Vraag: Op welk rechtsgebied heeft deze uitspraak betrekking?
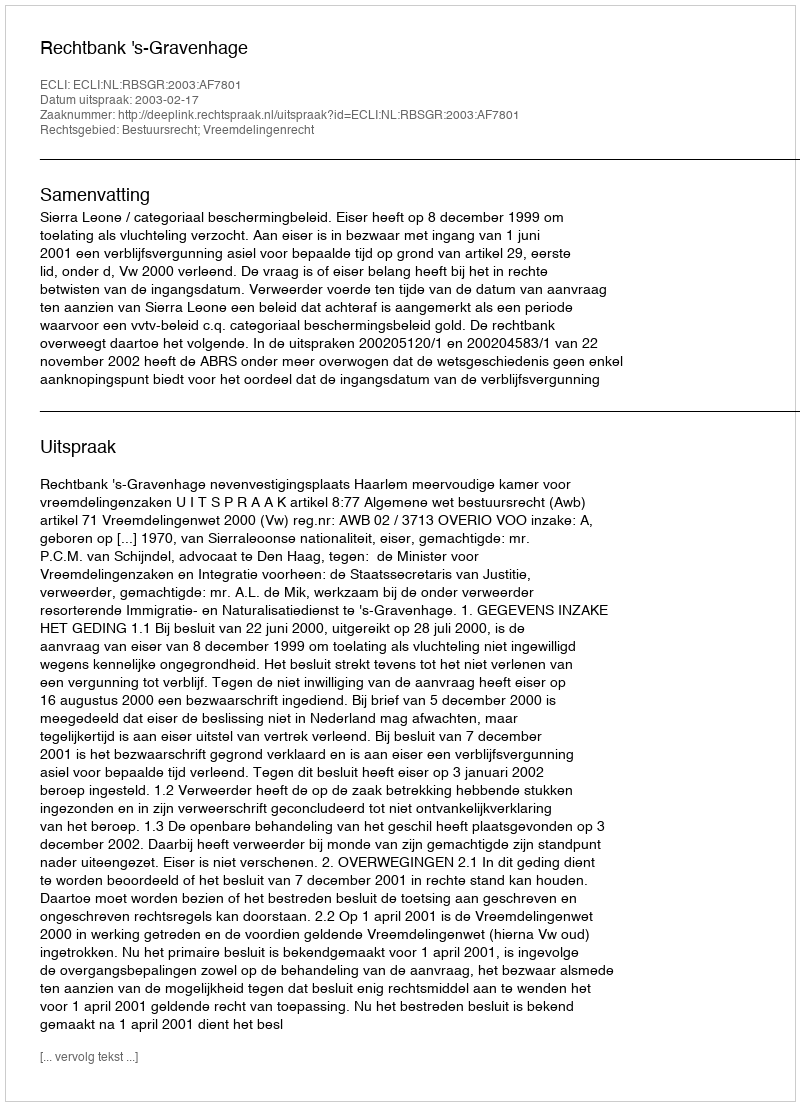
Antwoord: Bestuursrecht; Vreemdelingenrecht